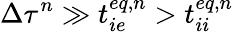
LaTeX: \Delta\tau^{n}\gg t_{ie}^{eq,n}>t_{ii}^{eq,n}